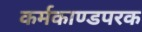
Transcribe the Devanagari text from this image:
कर्मकाण्डपरक